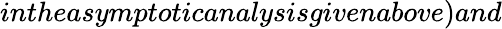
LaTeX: intheasymptoticanalysisgivenabove)and